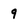
Character: 9